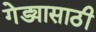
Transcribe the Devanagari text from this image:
गेड्यासाठी